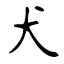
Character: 犬